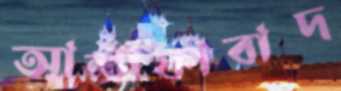
আশ্রাফাবাদ